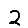
Digit: 2